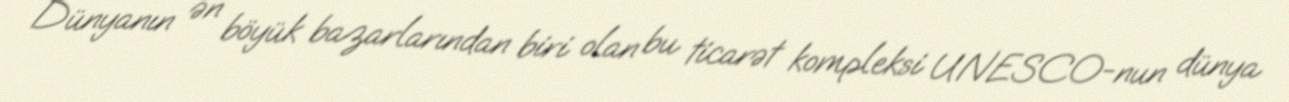
Dünyanın ən böyük bazarlarından biri olan bu ticarət kompleksi UNESCO-nun dünya